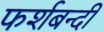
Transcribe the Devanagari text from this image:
फर्शबन्दी